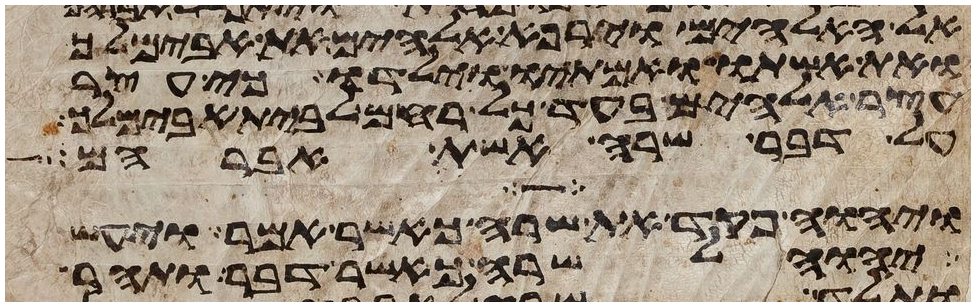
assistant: אל האלהים וירפא אלהים את אבימלך
ואת אשתו ואמתיו וילדו כי עצר
עצר אלהים בעד כל רחם לבית אבימלך
על דבר שרה אשת אברהם
ויהוה פקד את שרה כאשר אמר ויעש
יהוה לשרה כאשר דבר ותהר